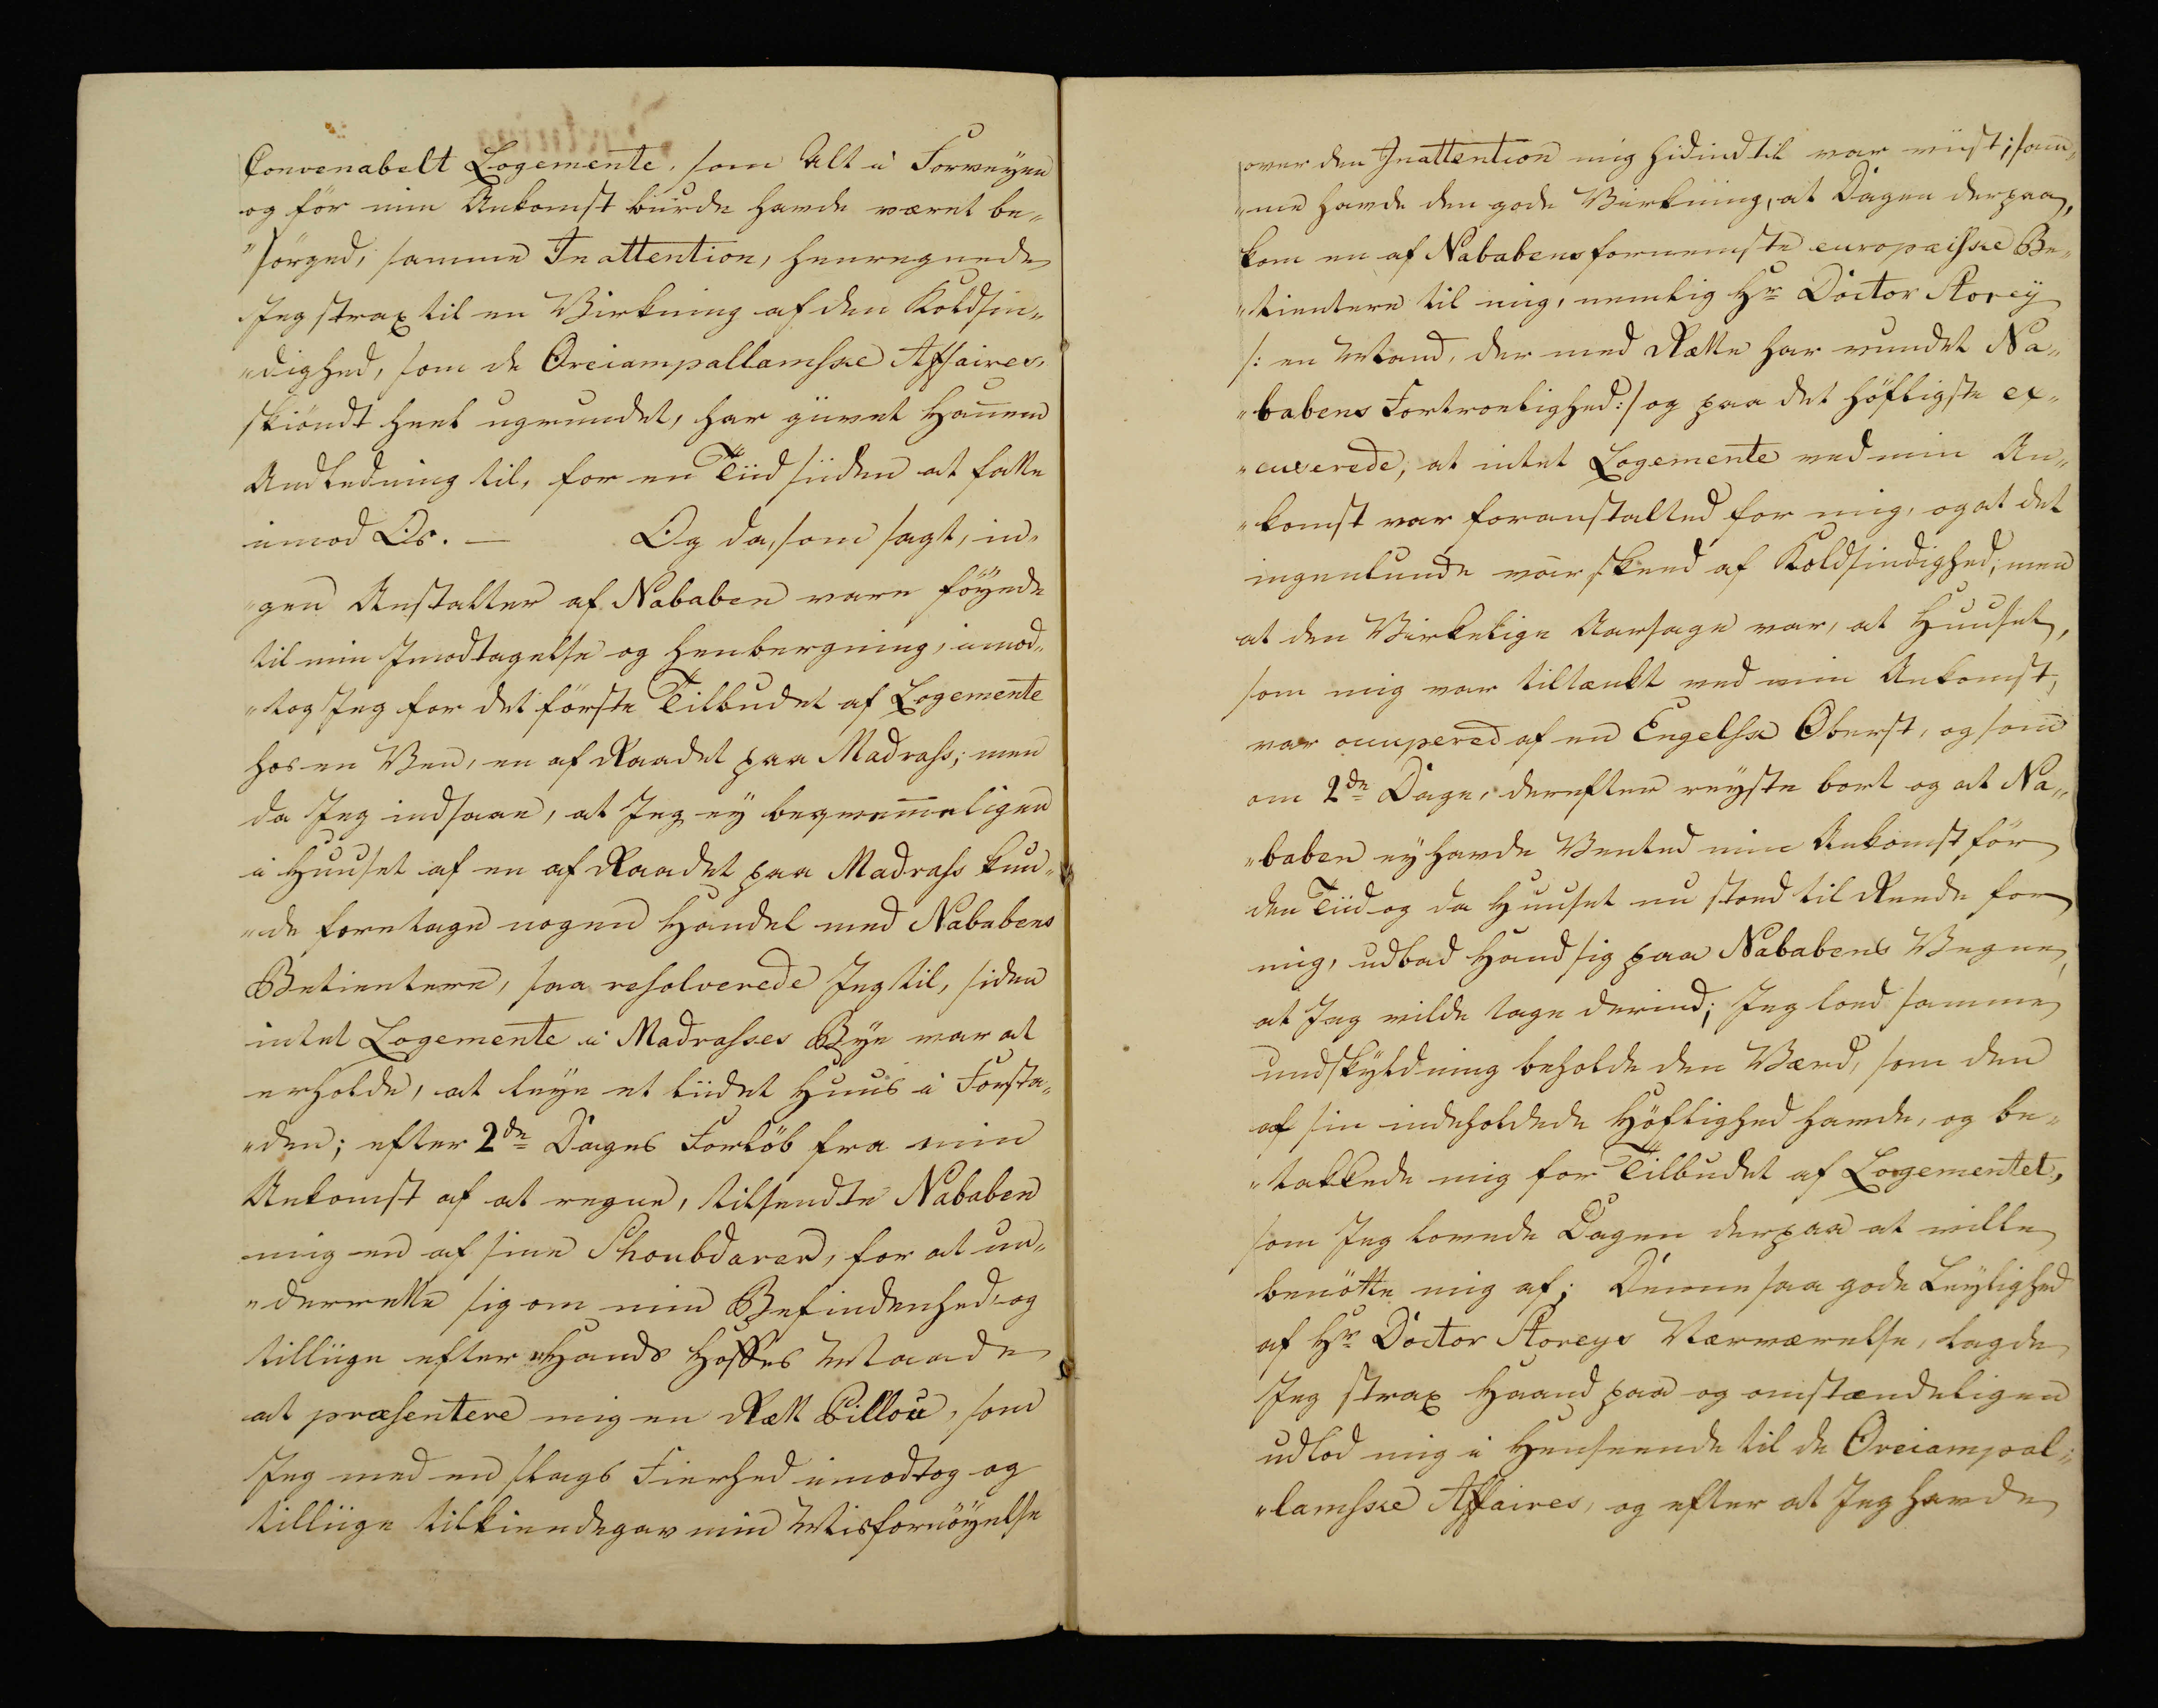
Transkription:
Convenabelt Logemente, som Alt i Forveyen
og för min Ankomst burde havde været be„
”sörged, samme In attention, henregnede
Jeg strax til en Virkning af den Koldsin„
„dighed, som de Oreiampallamske Affairer,
skiöndt heel ugrundet, har giivet Hannem
Andledning til, for en Tiid siden at fatte
imod Os. — Og da, som sagt, in„
„gen Anstalter af Nababen vare föyede
til min Jmodtagelse og henbergning , imod„
„tog Jeg for det første Tilbudet af Logemente
hos en Ven, en af Raadet paa Madrass; men
da Jeg indsaae, at Jeg ey beqvemme ligen
i Huuset af en af Raadet paa Madrass kun„
„de foretage nogen Handel med Nababens
Betientere, saa resolverede Jeg til, siden
intet Logemente i Madrasses Bye var at
erholde, at leye et liidet Huus i Forsta„
„den; efter 2de Dages Forlöb fra min
Ankomst af at regne, tilsendte Nababen
min en af sine Schoubdarer, for at un„
„derrette sig om min Befindenhed og
tilliige efter Hands Hoffes Maade
at præsentere mig en Rætt Pillou, som
Jeg med en slags Fierhed imodtog og
tilliige tilkiendegav min Misfornöyelse

over den Jnattention mig hidindtil var viist; som„
„men havde den gode Virkning, at Dagen derpaa,
kom en af Nababens fornemste europaiske Be„
„tientere til mig, nemlig Hr Doctor Storey
/: en Mand, der med Rætte har vundet Na„
„babens Fortroelighed :/ og paa det höfligste ex„
„ceserede, at intet Logemente ved min An„
„komst var foranstalted for mig, og at det
ingenlunde var skeed af Koldsindighed, men
at den Virkelige Aarsage var, at Huuset,
som mig var tiltænkt ved min Ankomst,
var occupered af en Engelsk Oberst, og som
om 2de Dage, derefter reyste bort og at Na„
„baben ey havde Vented min Ankomst för
den Tiid og da Huuset nu stoed til Reede for
mig, udbad Hand sig paa Nababens Vegne,
at Jeg vilde tage derind; Jeg loed samme
undskyldning beholde den Værd, som den
af sin indeholdede Höflighed havde, og be„
„takkede mig for Tilbudet af Logementet,
som Jeg lovede Dagen derpaa at ville
benötte mig af; Denne saa gode Leylighed
af Hr Doctor Storeys Nærværelse,  lagde
Jeg strax Haand paa og omstændeligen
udlod mig i Henseende til de Oreiampal„
„lamske Affaires, og efter at Jeg havde